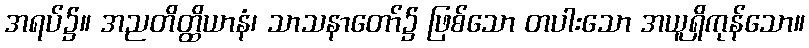
အရပ်၌။ အညတိတ္ထိယာနံ၊ သာသနာတော်၌ ဖြစ်သော တပါးသော အယူရှိကုန်သော။